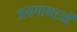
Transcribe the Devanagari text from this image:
जयगाथाओं